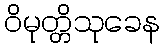
ဝိမုတ္တိသုခေန